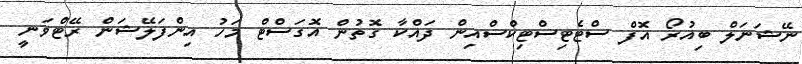
ނޭޝަނަލް ބިއުރޯ އޮފް ސްޓެޓިސްޓިކްސްއިން ދައްކާ ގޮތުން އޮގަސްޓް މަހު އިންފަލޭޝަން ރޭޓްވަނީ